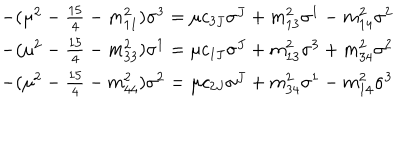
LaTeX: \begin{array} { l } { { - ( \mu ^ { 2 } - \frac { 1 5 } { 4 } - m _ { 1 1 } ^ { 2 } ) \sigma ^ { 3 } = \mu c _ { 3 J } \sigma ^ { J } + m _ { 1 3 } ^ { 2 } \sigma ^ { 1 } - m _ { 1 4 } ^ { 2 } \sigma ^ { 2 } } } \\ { { - ( \mu ^ { 2 } - \frac { 1 5 } { 4 } - m _ { 3 3 } ^ { 2 } ) \sigma ^ { 1 } = \mu c _ { 1 J } \sigma ^ { J } + m _ { 1 3 } ^ { 2 } \sigma ^ { 3 } + m _ { 3 4 } ^ { 2 } \sigma ^ { 2 } } } \\ { { - ( \mu ^ { 2 } - \frac { 1 5 } { 4 } - m _ { 4 4 } ^ { 2 } ) \sigma ^ { 2 } = \mu c _ { 2 J } \sigma ^ { J } + m _ { 3 4 } ^ { 2 } \sigma ^ { 1 } - m _ { 1 4 } ^ { 2 } \sigma ^ { 3 } } } \\ \end{array}